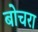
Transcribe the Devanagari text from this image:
बोचरा